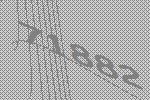
71882